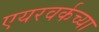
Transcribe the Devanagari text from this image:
एयरवर्कच्या